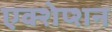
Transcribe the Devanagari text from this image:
एक्शेप्शन